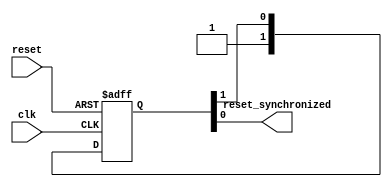
/*
* ----------------------------- Ports' Definition -----------------------------
* ----------------------------- Inputs -----------------------------
* clk:                The clock of the destination domain.
* reset:              Unsynchronized global active low reset.
* 
* ----------------------------- Outputs -----------------------------
* reset_synchronized: The reset signal after synchronization to the destination domain.
*/

module reset_synchronizer #(
    parameter STAGE_COUNT = 2
)
(
    input clk,
    input reset,

    output reset_synchronized
);

    reg [0:STAGE_COUNT - 1] Q;
    integer i;

    always @(posedge clk or negedge reset) begin
        if (~reset) begin
            Q <= 'b0;
        end
        else begin
            Q[0] <= 1'b1;
            for (i = 1; i < STAGE_COUNT; i = i + 1) begin
                Q[i] <= Q[i - 1];
            end
        end
    end

    assign reset_synchronized = Q[STAGE_COUNT - 1];

endmodule